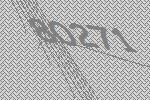
80271